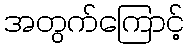
အတွက်ကြောင့်